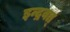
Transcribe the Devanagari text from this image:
इन्द्रवत्